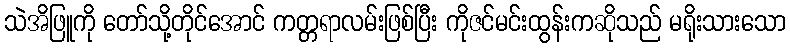
သဲအိဖြူကို တော်သို့တိုင်အောင် ကတ္တရာလမ်းဖြစ်ပြီး ကိုဇင်မင်းထွန်းကဆိုသည် မရိုးသားသော